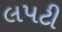
લપટી